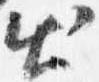
出